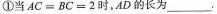
①当AC=BC=2时，AD 的长为___,